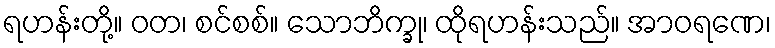
ရဟန်းတို့။ ဝတ၊ စင်စစ်။ သောဘိက္ခု၊ ထိုရဟန်းသည်။ အာဝရဏေ၊